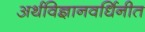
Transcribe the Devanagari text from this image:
अर्थविज्ञानवर्धिनीत